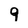
Character: 9